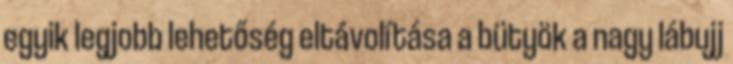
egyik legjobb lehetőség eltávolítása a bütyök a nagy lábujj